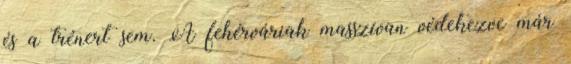
és a trénert sem. A fehérváriak masszívan védekezve már